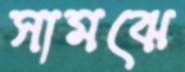
সামঝে